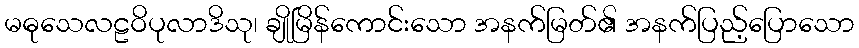
မဓုသေလဠဝိပုလာဒိသု၊ ချိုမြိန်ကောင်းသော အနက်မြတ်၏ အနက်ပြည့်ပြောသော